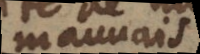
mouvais